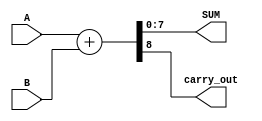
module ParametrizedAdder #(
    parameter WIDTH = 8  // Parameter for the bit width of the inputs and outputs
)(
    input  wire [WIDTH-1:0] A,      // First input
    input  wire [WIDTH-1:0] B,      // Second input
    output wire [WIDTH-1:0] SUM,     // Sum output
    output wire carry_out             // Carry-out output to detect overflow
);

    // Behavioral description of the adder
    assign {carry_out, SUM} = A + B; // Compute SUM and carry-out

endmodule